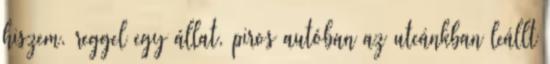
hiszem. reggel egy állat, piros autóban az utcánkban leállt